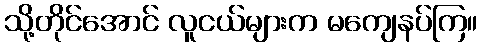
သို့တိုင်အောင် လူငယ်များက မကျေနပ်ကြ။